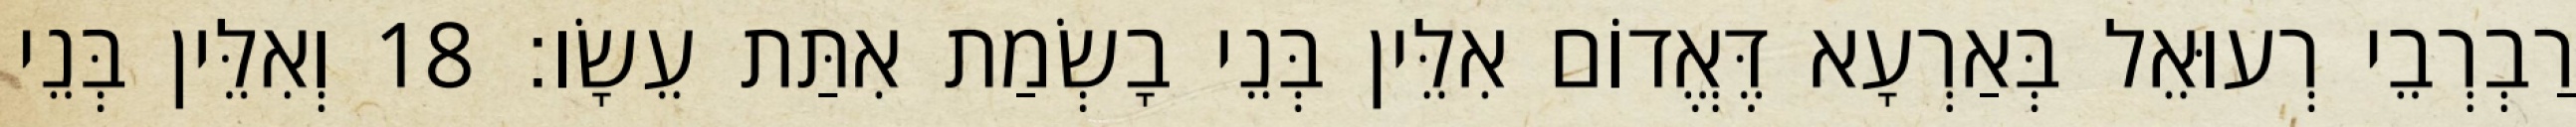
רַבְרְבֵי רְעוּאֵל בְּאַרְעָא דֶּאֱדוֹם אִלֵּין בְּנֵי בָשְׂמַת אִתַּת עֵשָׂו׃ 18 וְאִלֵּין בְּנֵי